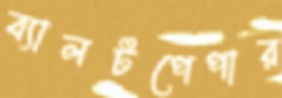
ব্যালটপেপার